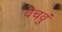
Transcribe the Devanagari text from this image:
वेचवुं